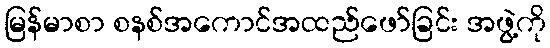
မြန်မာစာ စနစ်အကောင်အထည်ဖော်ခြင်း အဖွဲ့ကို